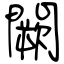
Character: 闕